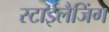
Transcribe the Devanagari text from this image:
स्टाईलैजिंग